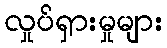
လှုပ်ရှားမှုများ